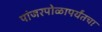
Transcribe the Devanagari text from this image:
पांजरपोळापर्यंतचा